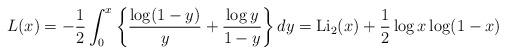
LaTeX: \begin{align*}L(x)=-\frac{1}{2}\int_0^{x}\left\{\frac{\log (1-y)}{y}+\frac{\log y}{1-y}\right\}dy=\mathrm{Li_2}(x)+\frac{1}{2}\log x \log(1-x)\end{align*}